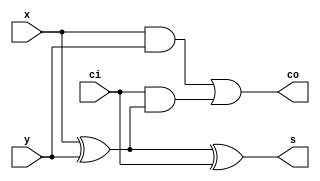
`timescale 1ns / 1ps

module full_adder(x,y,ci,s,co);

input x,y,ci;
output s,co;

assign s = x ^ y ^ ci;
assign co = (x & y) | (ci & (x ^ y));

endmodule